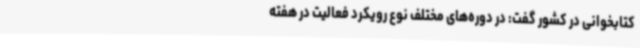
کتابخوانی در کشور گفت: در دوره‌های مختلف نوع رویکرد فعالیت در هفته